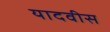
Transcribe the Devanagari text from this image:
यादवीस